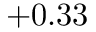
+ 0 . 3 3